Vaccination in Bombay 1913-1923 - 1913-1923
Year: 1913
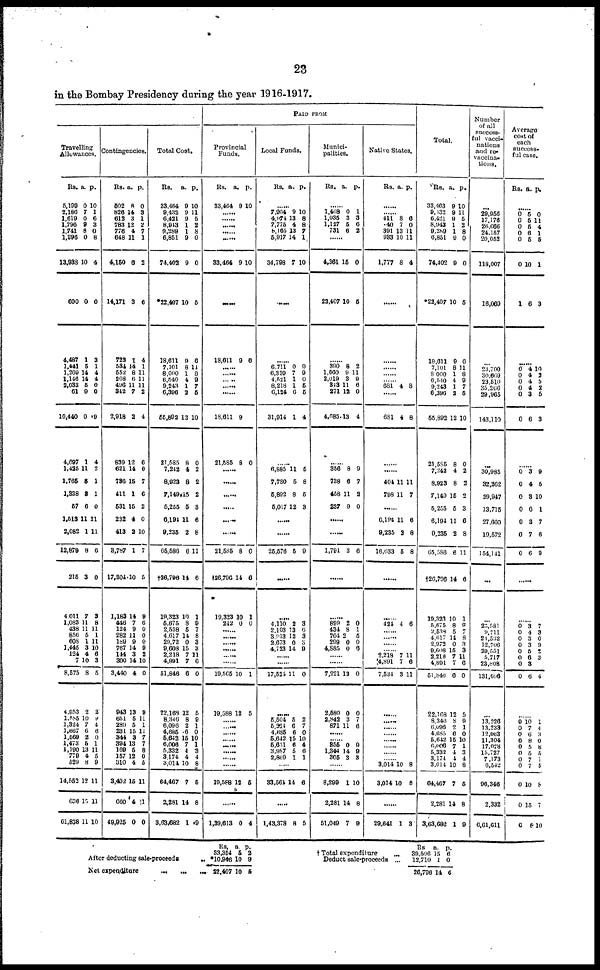
23
in the Bombay Presidency during the year 1916-1917.
Travelling
Allowances.
Rs.
5,199
2,186
1,619
1,796
1,741
1,896
13,938
600
4,487
1,441
1,209
1,146
2,033
61
10,440
4,697
1,415
1,765
1,338
57
1,513
2,082
12,879
215
4,011
1,083
438
856
608
1,445
124
7
8,575
4,953
1,585
1,324
1,667
1,569
1,473
1,190
779
529
14,552
636
61,838
a.
0
7
0
9
8
0
10
0
1
5
14
14
5
9
0
1
11
5
3
6
11
1
8
3
7
11
11
5
1
3
4
10
8
2
10
7
6
2
5
13
4
8
12
15
11
p.
10
1
6
3
9
8
4
0
3
1
4
4
0
0
9
4
2
1
1
0
11
11
6
0
3
8
11
1
11
10
6 3
5
2
9
4
6
0
1
11
5
9
11
11
10
Contingencies.
Rs.
502
826
612
783
776
648
4,150
14,171
723
534
552
268
496
342
2,918
839
621
736
411
531
232
413
8,787
17,304
1,183
446
124
282
189
767
144
300
3,440
943
651
289
231
344
394
169
157
310
3,492
660
49,925
a.
8
14
3
12
4
11
6
3
1
14
8
6
11
7
2
12
14
15
1
15
4
2
1
10
14
7
9
11
9
14
3
14
4
13
5
5
15
3
13
5
12
4
15
4
0
p.
0
3
1
2
7
1
2
6
4
1
11
11
11
2
4
6
0
7
6
2
0
10
7
5
9
6
0
0
0
9
2
10
0
9
11
1
11
7
7
8
0
5
11
11
0
Total Cost.
Rs.
33,464
9,432
6,421
8,943
9,289
6,851
74,402
*22,407
18,611
7,101
8,000
6,540
9,243
6,396
55,892
21,585
7,242
8,923
7,149
5,255
6,194
9,235
65,586
†26,796
19,323
5,675
2,538
4,617
29,72
9,608
2,218
4,891
51,846
22,168
8,346
6,096
4,686
5,642
6,006
5,332
3,174
3,014
64,467
2,281
3,63,682
a.
9
9
9
1
1
9
9
10
9
8
1
4
1
2
12
8
4
8
15
5
11
2
6
14
10
8
5
14
0
15
7
7
6
12
8
2
6
15
7
4
4
10
7
14
1
p.
10
11
5
2
8
0
0
5
6
11
8
9
7
6
10
0
2
2
2
3
6
8
11
6
1
9
7
8
3
3
11
6
0
5
9
1
0
10
1
3
4
8
5
8
9
PAID FROM
Provincial
Funds.
Rs.
33,464
a.
9
p.
10
......
......
......
...... ......
33,464 9 10
......
18,611 9 6
......
......
......
18,611
21,585
9
8 0
......
......
......
......
......
21,585
†26,796
19,323
242
8
14
10
0
0
6
1
0
...... ......
......
......
......
......
19,565
19,588
10
12
1
5
...... ......
......
...... ......
......
......
19,588 12 5
......
1,39,613 0 4
Local Funds.
Rs. a. p.
......
7,964
4,974
7,775
8,165
5,917
34,798
9
13
4
13
14
7
10
8
8
7
1
10
......
......
6,711
6,339
4,521
8,218
6,124
31,914
0
7
1
1
0
1
9
9
0
5
5
4
......
6,885
7,780
5,892
5,017
11
5
8
12
5
8
5
3
......
......
25,576 5 9
......
......
4,110
2,103
3,913
2,673
4,723
2
13
12
0
14
3
6
3
3
9
......
......
17,524 11 0
......
5,504
5,224
4,685
5,642
5,651
3,987
2,869
5
6
6
15
6
5
1
2
7
0
10
4
6
1
......
33,564 14 6
......
1,43,378 8 5
Munici-
palities.
Rs. a. p.
......
1,468
1,035
1,127
731
0
3
5
6
1
3
6
2
......
4,361
22,407
15
10
0
5
......
390
1,660
2,019
343
271
4,685
8
9
3
11
12
13
2
11
9
6
0
4
......
356
738
458
237
8
6
11
9
9
7
2
0
......
......
1,791 3 6
......
......
899
434
704
299
4,885
2
8
2 0
0
0
1
5
0
6
......
......
7,221
2,580
2,842
871
13
0
3
11
0
0
7
6
......
...... 355
1,344
305
0
14
3
0
9
3
......
8,299
2,281
51,049
1
14
7
10
8
9
Native States.
Rs a. p.
......
...... 411
40
391
933
1,777
8
7
13
10
8
6
0
11
11
4
......
......
......
...... ...... 681 4 8
......
681 4 8
......
......
404
798
11
11
11
7
......
6,194
9,235
16,633
11
2
5
6
8
8
......
......
424 4 6
......
......
......
...... 2,218
4,891
7,534
7
7
3
11
6
11
......
......
......
...... ......
......
......
...... 3,014
3,014
10
10
8
8
......
29,641 1 3
Total.
Rs.
33,463
9,432
6,421
8,943
9,289
6,851
74,402
*22,407
18,611
7,101
8,000
6,540
9,243
6,396
55,892
21,585
7,242
8,923
7,149
5,255
6,194
0,235
65,586
†26,796
19,323
5,675
2,538
4,617
2,972
9,608
2,218
4,891
51,846
22,168
8,346
6,096
4,685
5,642
6,006
5,332
3,174
3,014
64,467
2,281
3,63,682
a.
9
9
9
1
1
9
9
10
0
8
1
4
1
2
12
8
4
8
16
5
11
2
6
14
10
8
5
14
0
15
7
7
6
12
8
2
6
15
7
4
4
10
7
14
1
p.
10
11
5
2
8
0
0
5
6
11
8
0
7
5
10
0
2
2
2
3
6
8
11
6
1
9
7 8
3
3
11
6
0
5
9
1
0
10
1
3
4
8
5
8
0
Number
of all
success-
ful vacci-
nations
and re-
vaccina-
tions.
...
29,956
17,176
26,666
24,157
20,052
118,007
16,069
...
...
... ...
...
29,965
143,110
...
30,985
32,262
29,947
13,715
27,660
19,572
154,141
...
...
25,581
9,711
21,532
12,706
29,551
5,717
23,808
131,606
...
13,226
13,233 12 063
11,304
17,078
15,727
7,173
6,542
96,346
2,332
6,61,611
Average
cost of
each
success-
ful case.
Rs. a. p.
......
0
0
0
0
0
0
1
5
5
5
6
5
10
6
0
11
4
1
5
1
3
......
0
0
0
0
0
0
4
4
4
4
3
6
10
2
5 2
5
3
......
0
0
0
0
0
0
0
3
4
3
6
3
7
6
9
5
10
1
7
6
9
......
......
0
0
0
0 0
0
0
0
3
4
3
3
5
6
3
6
7
3
0
9
2
3
4
......
9
0
0 0
0
0
0
0
0
0
6
10
7
6
8
5
5 7
7
10
15
8
1
4
3
0
8
5 1
5
8
7
10
After deducting sale-proceeds
...
Net expenditure
...
...
...
Rs.
33,354
*10,946
22,407
a.
5
10
10
p.
2
9
5
† Total expenditure ...
Deduct sale-proceeds ...
Rs.
30,506
12,710
26,796
a.
15
1
14
p.
6
0
6